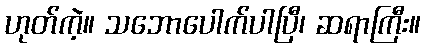
ဟုတ်ကဲ့။ သဘောပေါက်ပါပြီ၊ ဆရာကြီး။